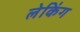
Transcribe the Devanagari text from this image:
लेकिंग